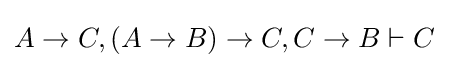
A\to C,(A\to B)\to C,C\to B\vdash C